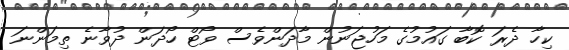
ކިހާ ދެރަ ކޮބާ ގައުމުގެ މަހުޖަނުން މާދަންވެސް ވޯޓް ހޯދަން ދުވާނެ ތިމަންނަ